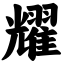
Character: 耀